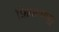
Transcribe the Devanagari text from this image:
शिपलापूर